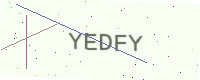
Text: YEDFY